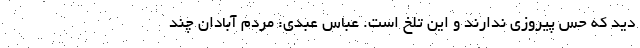
دید که حس پیروزی ندارند و این تلخ است. عباس عبدی: مردم آبادان چند